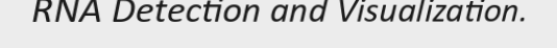
RNA Detection and Visualization.